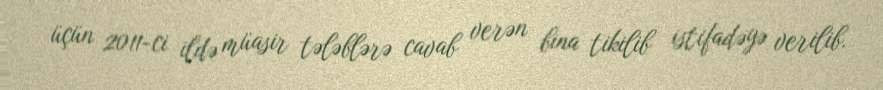
üçün 2011-ci ildə müasir tələblərə cavab verən bina tikilib istifadəyə verilib.